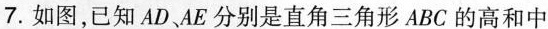
7.如图，已知AD AE分别是直角三角形ABC的高和中